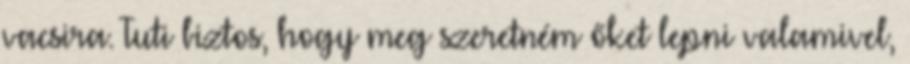
vacsira. Tuti biztos, hogy meg szeretném őket lepni valamivel,